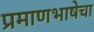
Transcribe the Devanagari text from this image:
प्रमाणभाषेचा